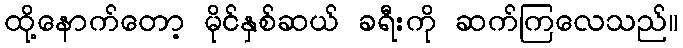
ထို့နောက်တော့ မိုင်နှစ်ဆယ် ခရီးကို ဆက်ကြလေသည်။